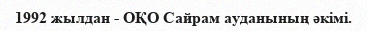
1992 жылдан - ОҚО Сайрам ауданының әкімі.